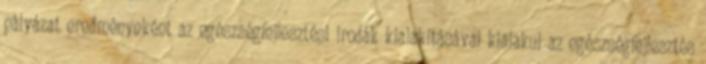
pályázat eredményeként az egészségfejlesztési irodák kialakításával kialakul az egészségfejlesztés